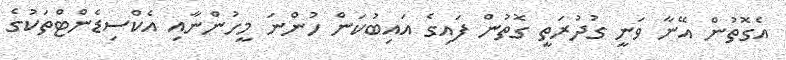
އެގޮތުން އޭނާ ވަނީ ގުދުރަތީ ގޮތުން ފައިގެ އައިބުކަން ހުންނަ މީހުންނާއި އެކްސިޑެންޓްތަކުގެ